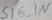
Text: SIG_IN